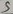
Text: 5